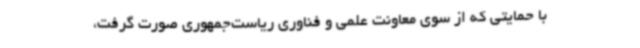
با حمایتی که از سوی معاونت علمی و فناوری ریاست‌جمهوری صورت گرفت،